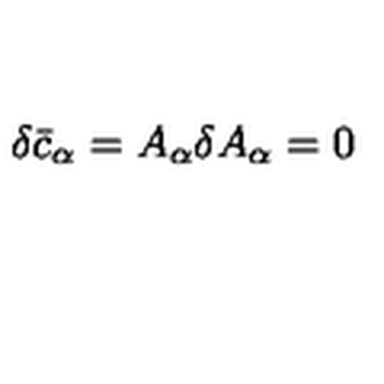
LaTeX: \delta { \bar { c } } _ { \alpha } = A _ { \alpha } \delta A _ { \alpha } = 0